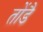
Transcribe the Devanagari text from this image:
तोंडै